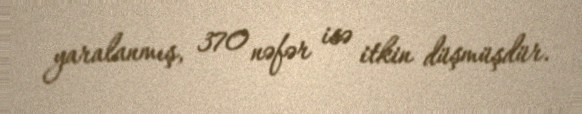
yaralanmış, 370 nəfər isə itkin düşmüşdür.